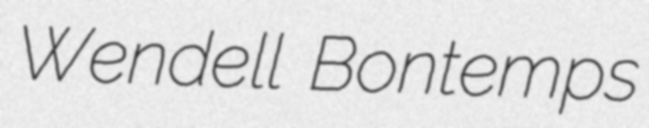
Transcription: Wendell Bontemps